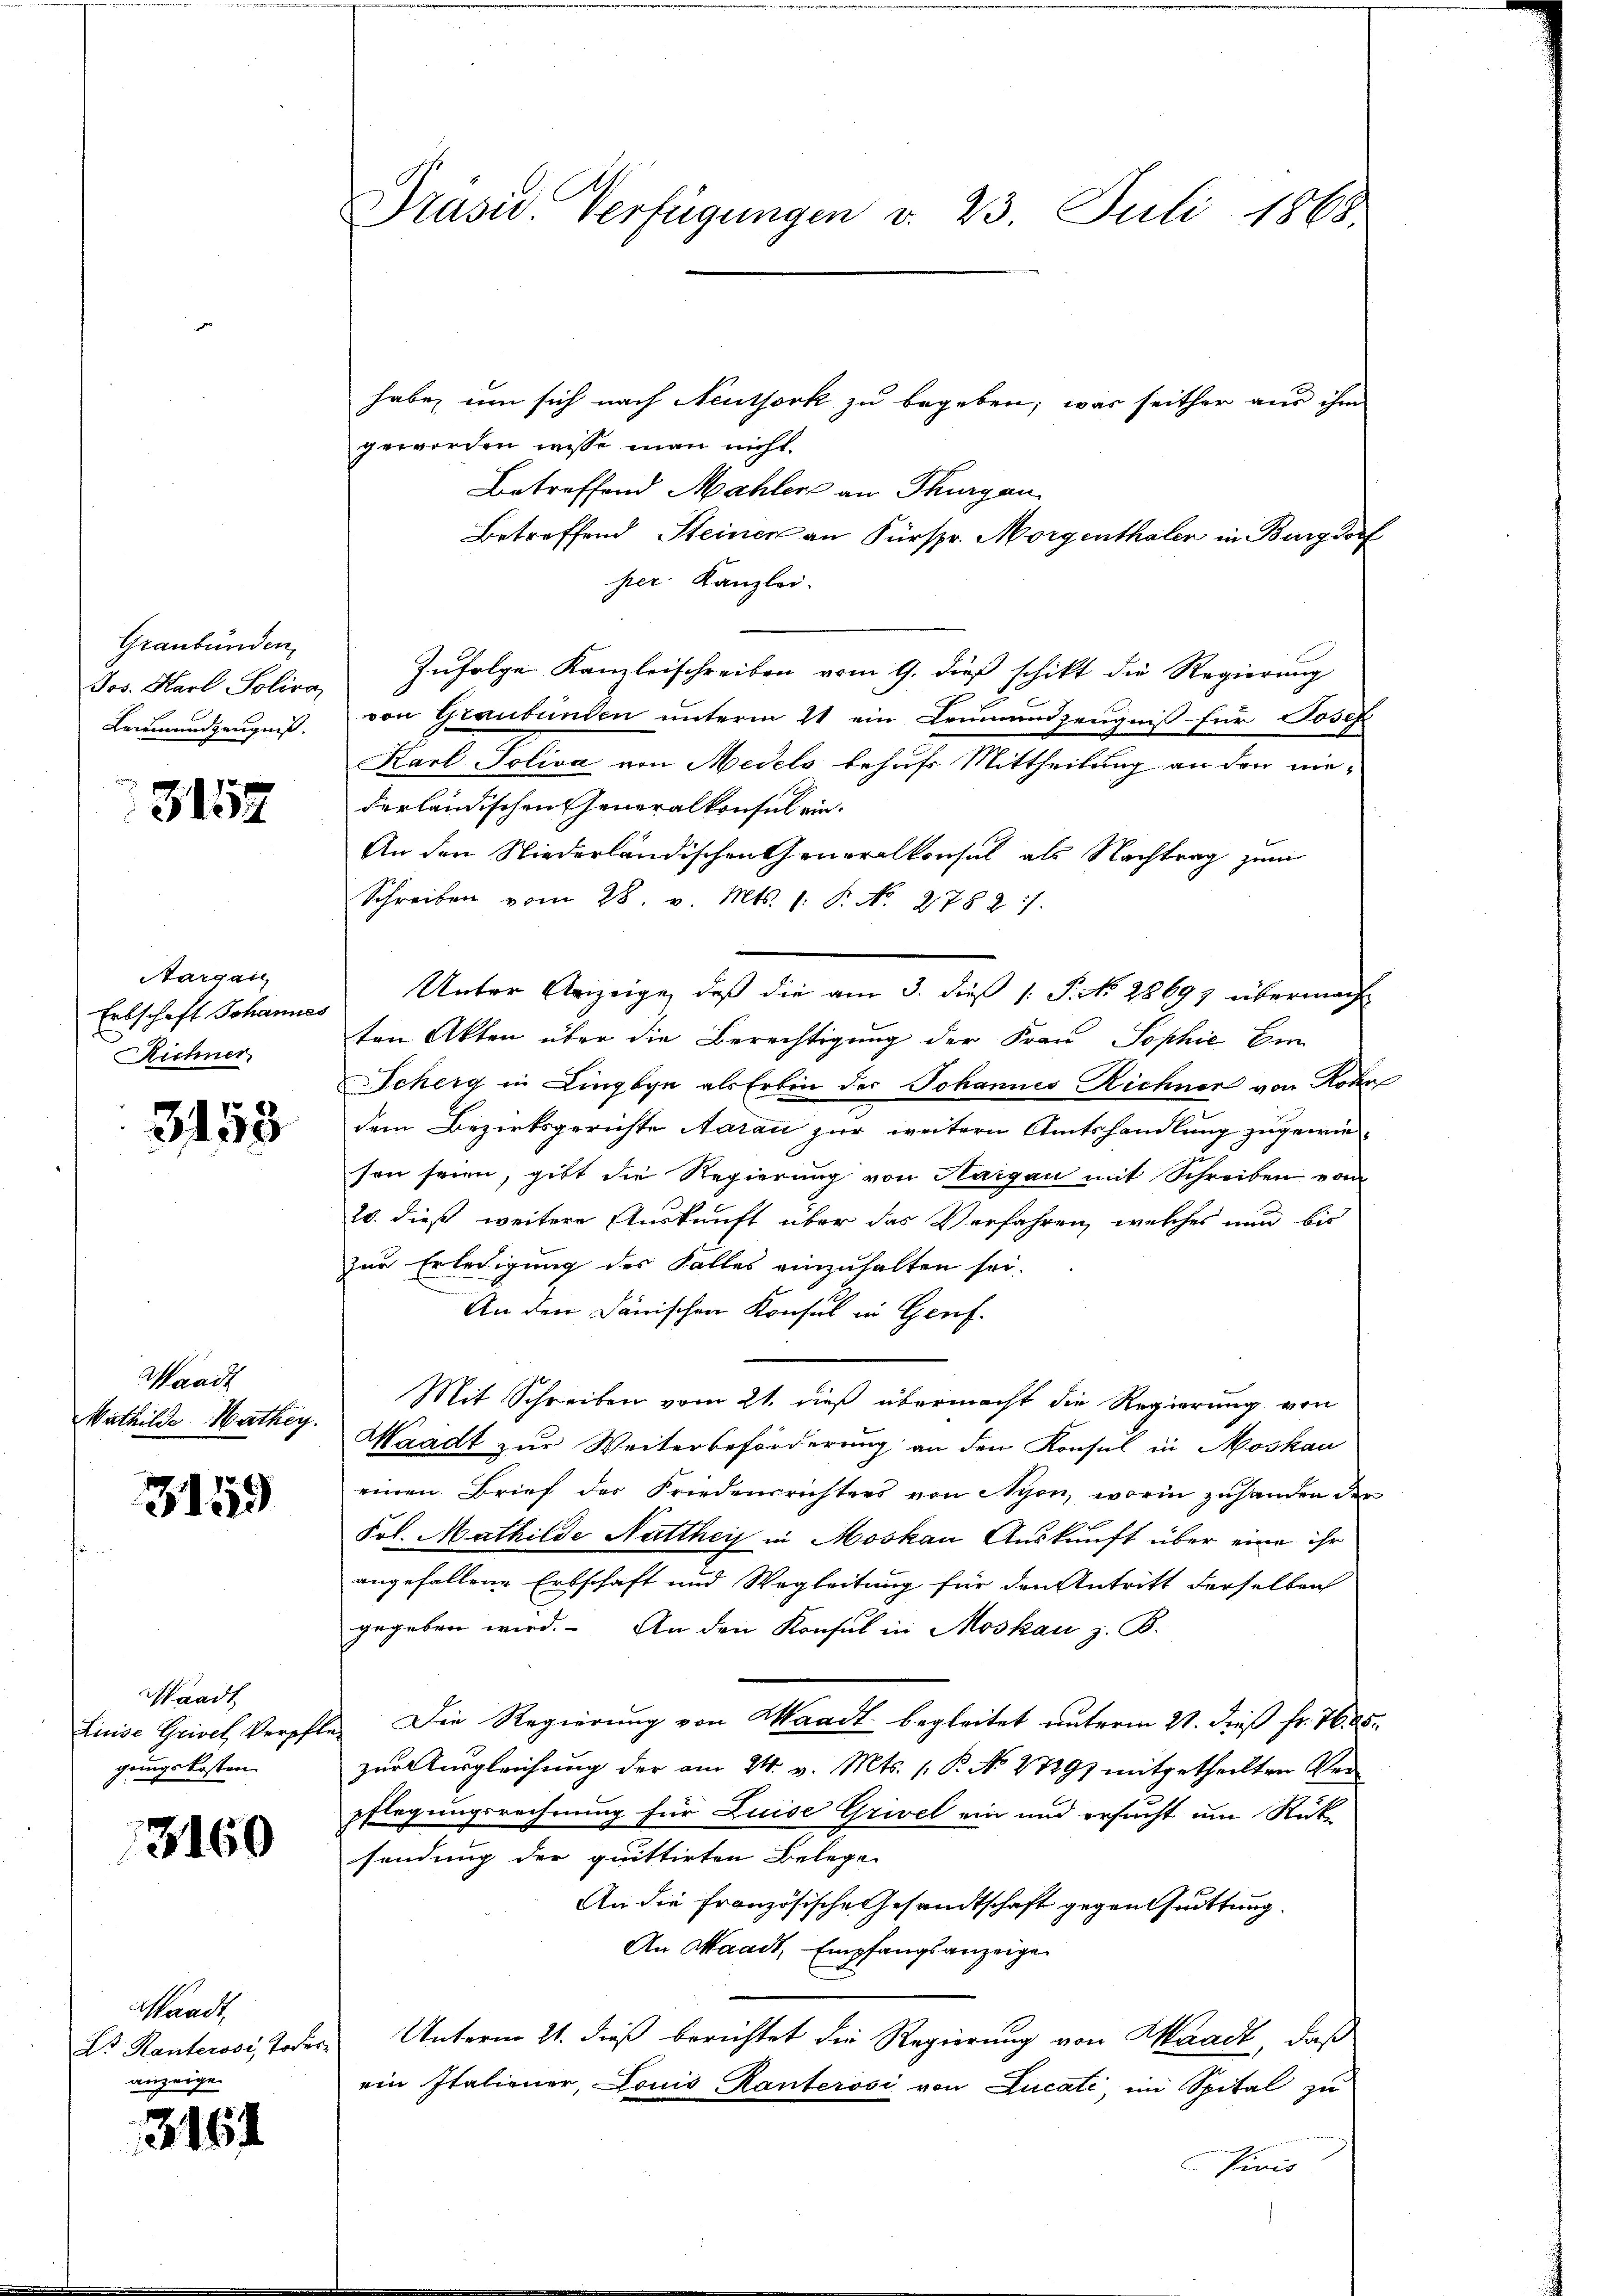
Graubünden,
Jos. Karl Soliva
Leumundszeugniß.

3157

Aargau
Erbschaft Johannes
Richner

3158

Waadt
Wathilde Mathey

3159

Waadt
Luise Grivel, Verpfl
gungskosten

3160

Waadt,
Dr. Kanterosi, Todes
anzeige.

3164

Präsid. Verfügungen v. 23. Juli 1868

habe, um sich nach Neuthork zu begeben; was seither aus ihm
geworden wisse man nicht.
Betreffend Mahler an Thurgau
Betreffend Steinen an Fürspr. Morgenthaler in Burgdorf
per. Kanzlei.
Zufolge Kanzleischreiben vom 9. dieß schikt die Regierung
von Graubünden unterm 11 ein Kommenzeugniß für Josef
Karl Soliva von Medels behufs Mittheilung an den nie-
derländischen Generalkonsul ein.
An den Niederländischen Generalkonsul als Nachtrag zum
Schreiben vom 28. v. Mts. 1. P. No. 2782 ./.
Unter Anzeige, daß die am 3. dieß 1: P. N. 28697 übermacht
ten Akten über die Berechtigung der Frau Sophie Ein
Scheig in Lingbyn als Erbin der Johannes Richnen von Rohr
dem Bezirksgerichte Aarau zur weitern Amtshandlung zugewieson seien, gibt die Regierung von Hargau mit Schreiben vom
20. dieß weitere Auskunft über das Verfahren, welches nun bis
zur Erledigung des Falles einzuhalten sei.
An den Dänischen Konsul in Genf.
Mit Schreiben vom 21. dieß übermacht die Regierung von
Waadt zur Weiterbeförderung an den Konsul in Moskau
einen Brief der Friedensrichters von Nyon, worin zuhanden der
Frl. Mathilde Natthey in Moskau Auskunft über eine ihr
angefallene Erbschaft und Wegleitung für den Antritt derselben
gegeben wird. An den Konsul in Moskau z. B.
Die Regierung von Waadt begleitet unterm 21. dieß fr. 1605.
zur Ausgleichung der am 24. v. Mts. (: P. No 27291 mitgetheilten Verpflegungsrechnung für Luise Grivel ein und ersucht um Rück
sendung der quittirten Belege
An die Französische Gesandtschaft gegenthuittung.
An Waadt, Empfangsanzeigen
Unterm 21. dieß berichtet die Regierung von Waadt, daß
ein Italiener, Louis Kanterosi von Lucati, im Spital zu
Vivis